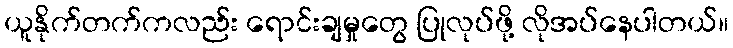
ယူနိုက်တက်ကလည်း ရောင်းချမှုတွေ ပြုလုပ်ဖို့ လိုအပ်နေပါတယ်။